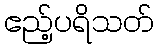
ဧည့်ပရိသတ်